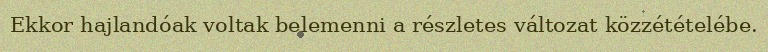
Ekkor hajlandóak voltak belemenni a részletes változat közzétételébe.